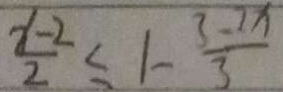
\frac { x - 2 } { 2 } \leq 1 - \frac { 3 - 2 x } { 3 }